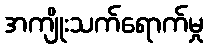
အကျိုးသက်ရောက်မှု